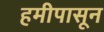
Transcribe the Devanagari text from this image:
हमीपासून